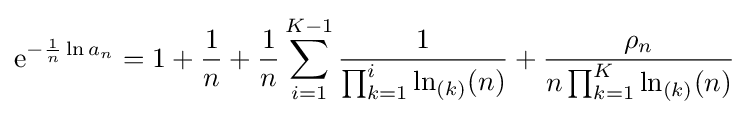
\mathrm {e} ^{-{\frac {1}{n}}\ln a_{n}}=1+{\frac {1}{n}}+{\frac {1}{n}}\sum _{i=1}^{K-1}{\frac {1}{\prod _{k=1}^{i}\ln _{(k)}(n)}}+{\frac {\rho _{n}}{n\prod _{k=1}^{K}\ln _{(k)}(n)}}